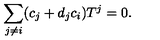
\sum _ { j \neq i } ( c _ { j } + d _ { j } c _ { i } ) T ^ { j } = 0 .